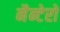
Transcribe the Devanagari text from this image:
नैन्टेरो